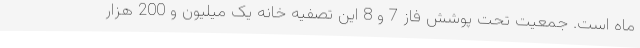
ماه است. جمعیت تحت پوشش فاز 7 و 8 این تصفیه خانه یک میلیون و 200 هزار